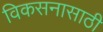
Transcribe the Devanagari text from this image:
विकसनासाठी